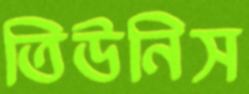
তিউনিস